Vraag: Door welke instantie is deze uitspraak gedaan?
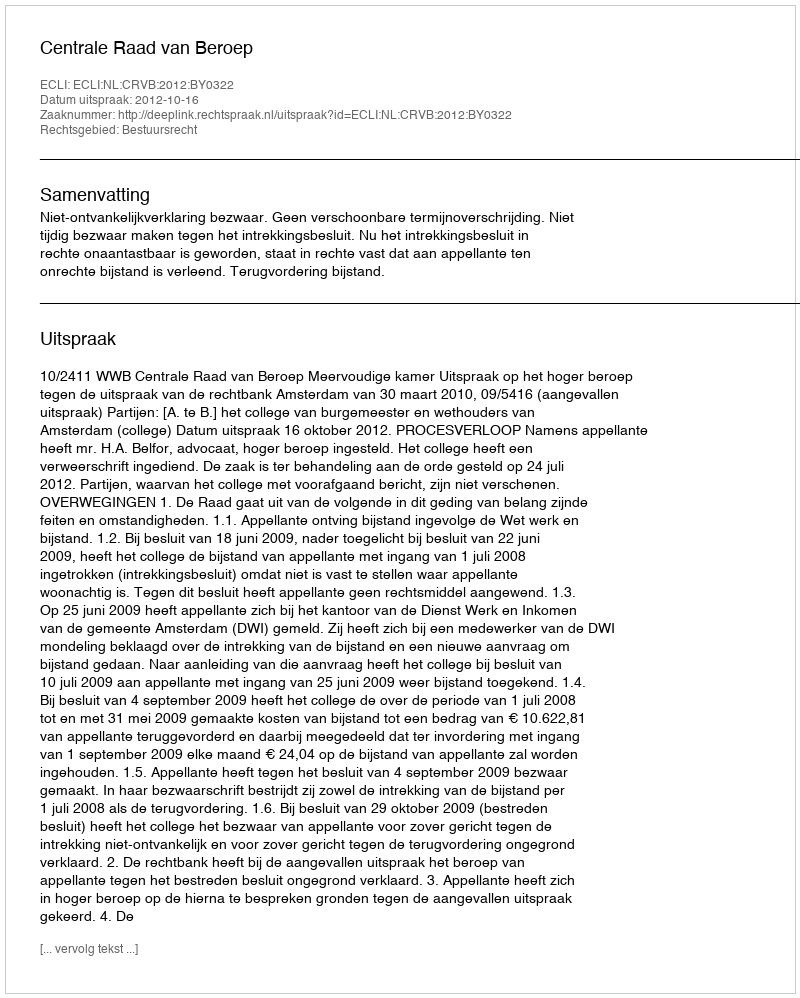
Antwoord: Centrale Raad van Beroep